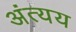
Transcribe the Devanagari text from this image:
अंत्यय